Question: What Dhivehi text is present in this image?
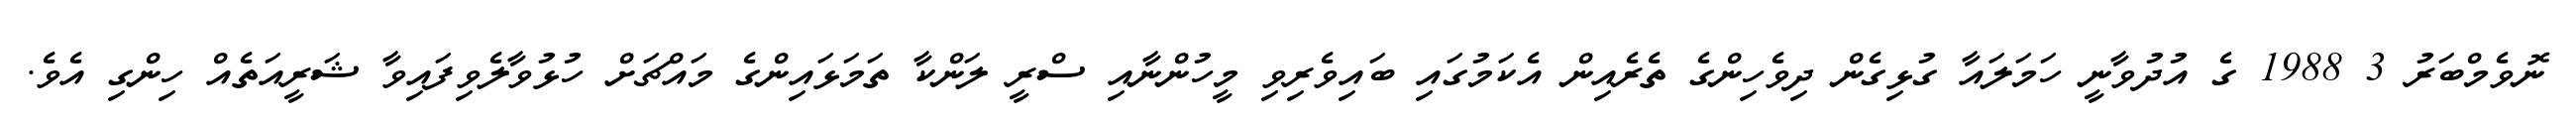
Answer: ނޮވެމްބަރު 3 1988 ގެ އުދުވާނީ ހަމަލައާ ގުޅިގެން ދިވެހިންގެ ތެރެއިން އެކަމުގައި ބައިވެރިވި މީހުންނާއި ސްރީ ލަންކާ ތަމަޅައިންގެ މައްޗަށް ހުޅުވާލެވިފައިވާ ޝަރީއަތެއް ހިންގި އެވެ.